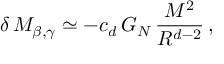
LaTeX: \delta \, M _ { \beta , \gamma } \simeq - c _ { d } \, G _ { N } \, \frac { M ^ { 2 } } { R ^ { d - 2 } } \, ,